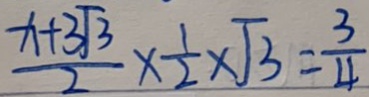
\frac { x + 3 \sqrt { 3 } } { 2 } \times \frac { 1 } { 2 } \times \sqrt { 3 } = \frac { 3 } { 4 }